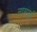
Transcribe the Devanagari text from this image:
नामपूर्व